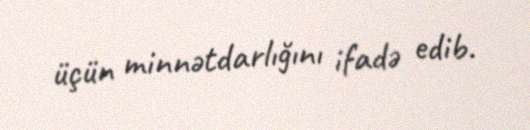
üçün minnətdarlığını ifadə edib.